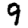
Digit: 9